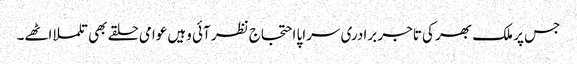
جس پر ملک بھر کی تاجر برادری سراپا احتجاج نظر آئی وہیں عوامی حلقے بھی تلملا اٹھے۔